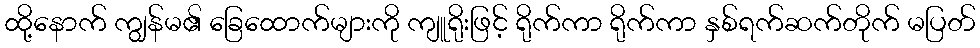
ထို့နောက် ကျွန်မ၏ ခြေထောက်များကို ကျူရိုးဖြင့် ရိုက်ကာ ရိုက်ကာ နှစ်ရက်ဆက်တိုက် မပြတ်